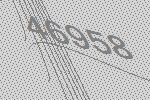
46958